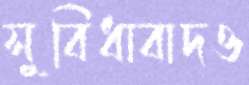
সুবিধাবাদও